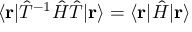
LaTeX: \langle \mathbf { r } | { \hat { T } } ^ { - 1 } { \hat { H } } { \hat { T } } | \mathbf { r } \rangle = \langle \mathbf { r } | { \hat { H } } | \mathbf { r } \rangle